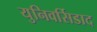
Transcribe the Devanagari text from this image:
युनिवर्सिडाद